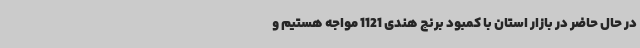
در حال حاضر در بازار استان با کمبود برنج هندی 1121 مواجه هستیم و